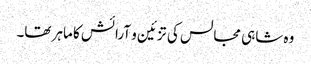
وہ شاہی مجالس کی تزئین و آرائش کا ماہر تھا۔